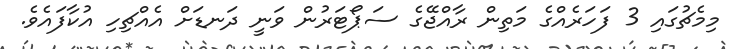
މިމެޗުގައި 3 ފަހަރެއްގެ މަތިން ރާއްޖޭގެ ސަޕޯޓަރުން ވަނީ ދަނޑަށް އެއްޗިހި އުކާފައެވެ.